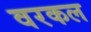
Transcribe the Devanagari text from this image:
वरकल